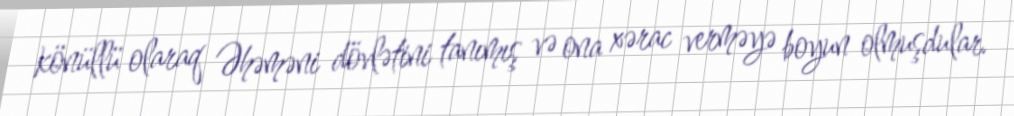
könüllü olaraq Əhəməni dövlətini tanımış və ona xərac verməyə boyun olmuşdular.